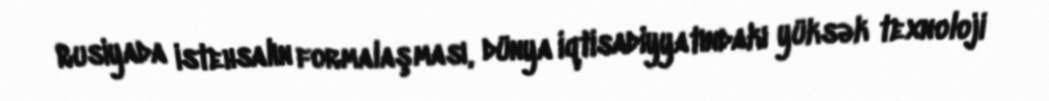
Rusiyada istehsalın formalaşması, dünya iqtisadiyyatındakı yüksək texnoloji